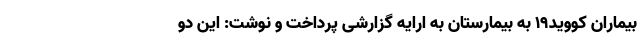
بیماران کووید۱۹ به بیمارستان به ارایه گزارشی پرداخت و نوشت: این دو